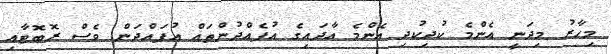
މިހާރު މިދަނީ އެންމެ ކުދިކުދި އެންމެ އާދައިގެ އުފެއްދުންތައް އުފައްދަން ވެސް ރޮބޮޓާއި